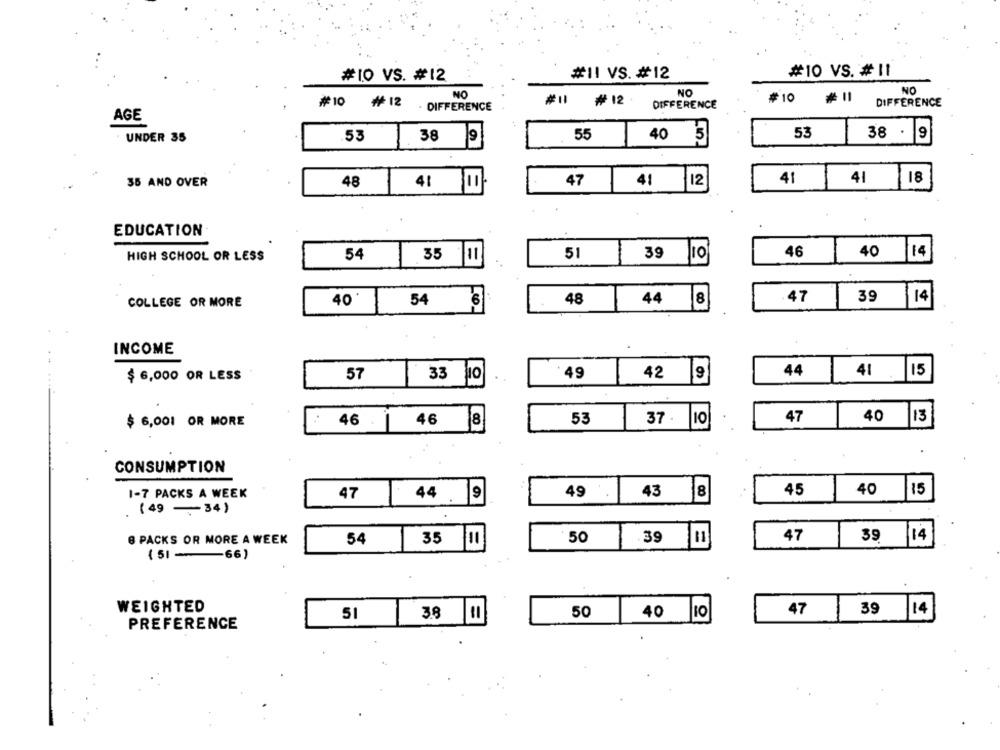
#11 VS. #12
#10 VS. # 11
#10 VS. #12
NO
NO
NO
#10
#11
₩ 12
DIFFERENCE
#10
DIFFERENCE
₩ 12 . DIFFERENCE
AGE
55
53
38 .
19
UNDER 35
53
38 9
40 5
47
41
41
18
35 AND OVER
48
41 00
41 12
EDUCATION
54
51
46
40
14
HIGH SCHOOL OR LESS
35 11
..
39 10
40'
54
48
47
39
14
COLLEGE OR MORE
44 8
INCOME
57
: 49
42
44
41 . 15
$ 6,000 OR LESS
33 10
.
46
8
53
37 .
O
47
40
13
$ 6,001 OR MORE
46 .
CONSUMPTION
1-7 PACKS A WEEK
47
49
43 8
45
40 15
44 .
(49 34)
6 PACKS OR MORE A WEEK
54
50
39
47
39
/14
35 10
( 51 -66)
WEIGHTED
51
50
40 10
47
39 14
3.8 1
PREFERENCE